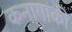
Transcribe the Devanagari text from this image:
कनागाकी